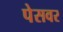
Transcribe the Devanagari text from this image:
पेसवर